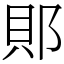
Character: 郥